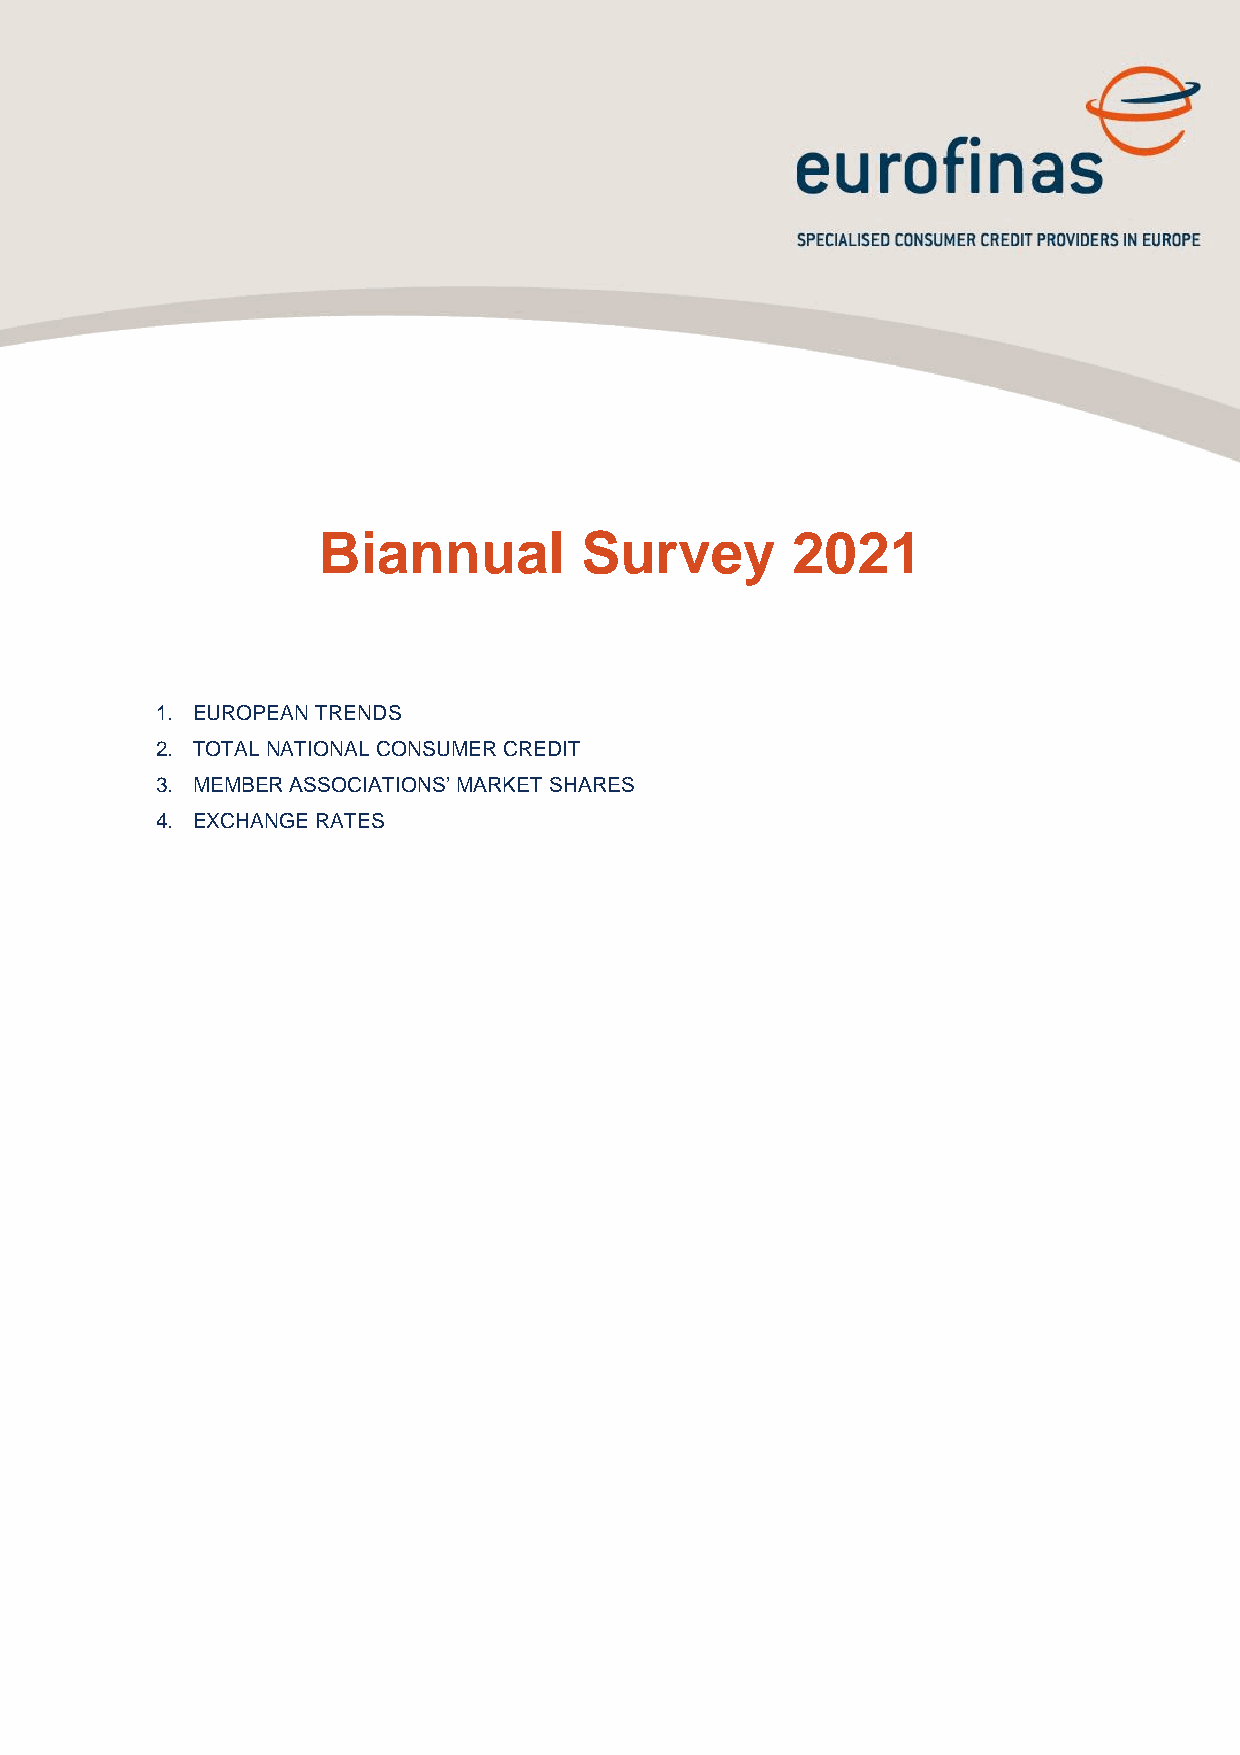
Biannual         Survey        2021
 1. EUROPEAN TRENDS
 2. TOTAL NATIONAL CONSUMER CREDIT
 3. MEMBER ASSOCIATIONS’ MARKET SHARES
 4. EXCHANGE RATES
 FINANCE DECREASED BY 1.7% IN 2010 COMPARED TO 2009.
 Industrial Credit increased by 2.9% in 2010 compared to 2009.
 Mortgage Credit increased by 17.1% in 2010 compared to 2009.
 Note: Growth rates provided above are adjusted to exclude the impact of exchange rate fluctuations.